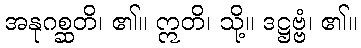
အနုဂစ္ဆတိ၊ ၏။ ဣတိ၊ သို့။ ဒဋ္ဌဗ္ဗံ၊ ၏။